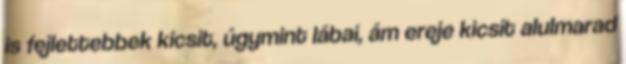
is fejlettebbek kicsit, úgymint lábai, ám ereje kicsit alulmarad